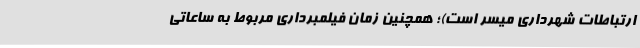
ارتباطات شهرداری میسر است)؛ همچنین زمان فیلمبرداری مربوط به ساعاتی